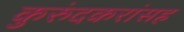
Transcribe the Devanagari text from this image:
कुरुंदकरांसह